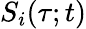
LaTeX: S_{i}(\tau;t)